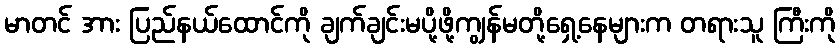
မာတင် အား ပြည်နယ်ထောင်ကို ချက်ချင်းမပို့ဖို့ကျွန်မတို့ရှေ့နေများက တရားသူ ကြီးကို